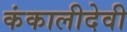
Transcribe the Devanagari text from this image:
कंकालीदेवी